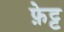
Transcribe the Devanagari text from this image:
फ़ेट्ट